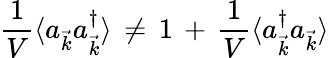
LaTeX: \frac{1}{V}\langle a_{\vec{k}}a_{\vec{k}}^{\dagger}\rangle\, \neq\, 1\, +\, \frac{1}{V}\langle a_{\vec{k}}^{\dagger}a_{\vec{k}}\rangle